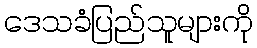
ဒေသခံပြည်သူများကို